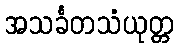
အသင်္ခတသံယုတ္တ